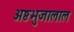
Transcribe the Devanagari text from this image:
अष्ठभुजालाल